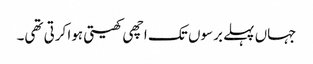
جہاں پہلے برسوں تک اچھی کھیتی ہوا کرتی تھی۔